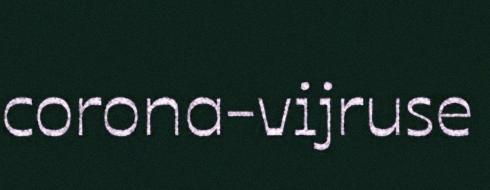
corona-vijruse